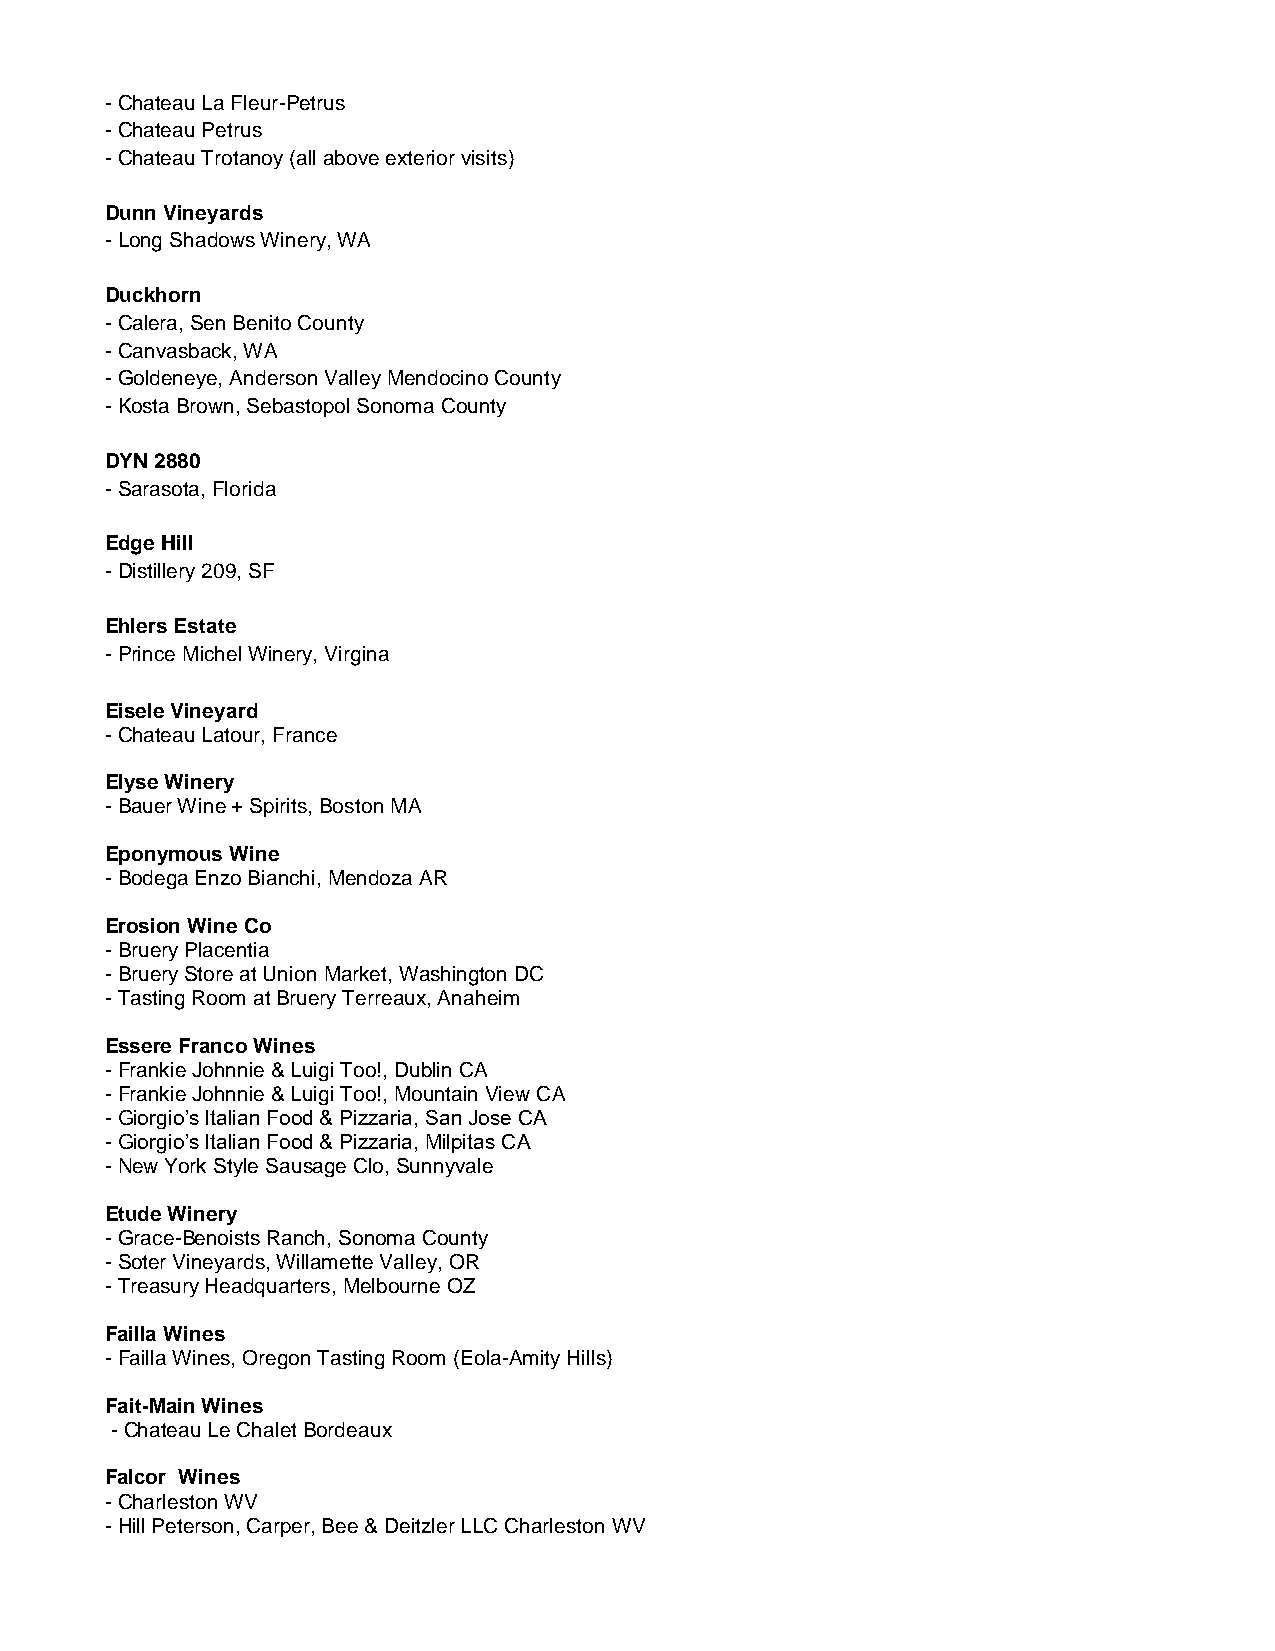
- Chateau La Fleur-Petrus
 - Chateau Petrus
 - Chateau Trotanoy (all above exterior visits)
 Dunn Vineyards
 - Long Shadows Winery, WA
 Duckhorn
 - Calera, Sen Benito County
 - Canvasback, WA
 - Goldeneye, Anderson Valley Mendocino County
 - Kosta Brown, Sebastopol Sonoma County
 DYN 2880
 - Sarasota, Florida
 Edge Hill
 - Distillery 209, SF
 Ehlers Estate
 - Prince Michel Winery, Virgina
 Eisele Vineyard
 - Chateau Latour, France
 Elyse Winery
 - Bauer Wine + Spirits, Boston MA
 Eponymous Wine
 - Bodega Enzo Bianchi, Mendoza AR
 Erosion Wine Co
 - Bruery Placentia
 - Bruery Store at Union Market, Washington DC
 - Tasting Room at Bruery Terreaux, Anaheim
 Essere Franco Wines
 - Frankie Johnnie & Luigi Too!, Dublin CA
 - Frankie Johnnie & Luigi Too!, Mountain View CA
 - Giorgio’s Italian Food & Pizzaria, San Jose CA
 - Giorgio’s Italian Food & Pizzaria, Milpitas CA
 - New York Style Sausage Clo, Sunnyvale
 Etude Winery
 - Grace-Benoists Ranch, Sonoma County
 - Soter Vineyards, Willamette Valley, OR
 - Treasury Headquarters, Melbourne OZ
 Failla Wines
 - Failla Wines, Oregon Tasting Room (Eola-Amity Hills)
 Fait-Main Wines
 - Chateau Le Chalet Bordeaux
 Falcor Wines
 - Charleston WV
 - Hill Peterson, Carper, Bee & Deitzler LLC Charleston WV